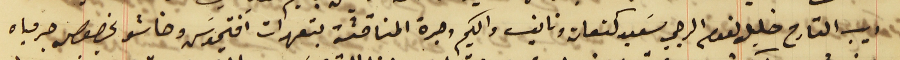
ديب القارح خليل نعوم الرجي سَعيد كنعان ونايف واكيم وجرة المناقشة بتعهدات افتيموسَ وخاشو بخصوص جر مياه